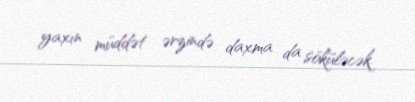
yaxın müddət ərzində daxma da söküləcək.